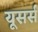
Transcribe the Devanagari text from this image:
यूसर्स